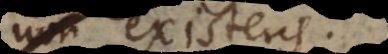
non existens.